Report of the Indian Hemp Drugs Commission, 1894-1895 - Volume VI
Year: 1894
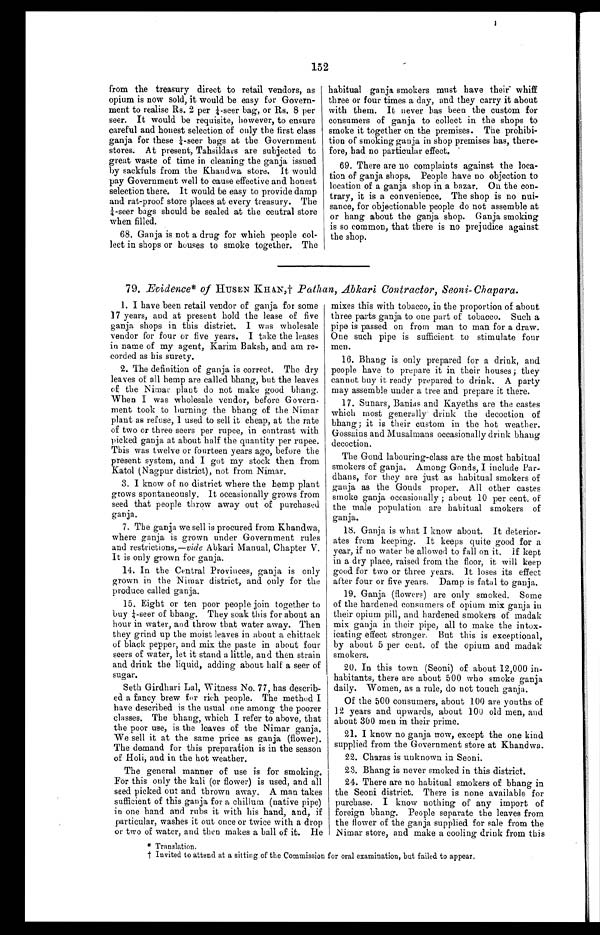
152
from the treasury direct to retail vendors, as
opium is now sold, it would be easy for Govern
-
ment to realise Rs. 2 per ¼-seer bag, or Its. 8 per
seer. It would be requisite, however, to ensure
careful and honest selection of only the first class
ganja for these ¼-seer bags at the Government
stores. At present, Tahsildars are subjected to
great waste of time in cleaning the ganja issued
by sackfuls from the Khandwa store. It would
pay Government well to cause effective and honest
selection there. It would be easy to provide damp
and rat-proof store places at every treasury. The
¼-seer bags should be sealed at the central store
when filled.
68. Ganja is not a drug for which people col
-
lect in shops or houses to smoke together. The
habitual ganja smokers must have their whiff
three or four times a day, and they carry it about
with them. It never has been the custom for
consumers of ganja to collect in the shops to
smoke it together on the premises. The prohibi
-
tion of smoking ganja in shop premises has, there
-
fore, had no particular effect.
69. There are no complaints against the loca
-
tion of ganja shops. People have no objection to
location of a ganja shop in a bazar. On the con
-
trary, it is a convenience. The shop is no nui
-
sance, for objectionable people do not assemble at
or hang about the ganja shop. Ganja smoking
is so common, that there is no prejudice against
the shop.
79. Evidence* of HUSEN KHAN,† Pathan, Abkari Contractor, Seoni-Chapara.
I. I have been retail vendor of ganja for some
17 years, and at present hold the lease of five
ganja shops in this district. I was wholesale
vendor for four or five years. I take the leases
in name of my agent, Karim Baksh, and am re
-
corded as his surety.
2. The definition of ganja is correct. The dry
leaves of all hemp are called bhang, but the leaves
of the Nimar plant do not make good bhang.
When I was wholesale vendor, before Govern-
ment took to burning the bhang of the Nimar
plant as refuse, 1 used to sell it cheap, at the rate
of two or three seers per rupee, in contrast with
picked ganja at about half the quantity per rupee.
This was twelve or fourteen years ago, before the
present system, and I got my stock then from
Katol (Nagpur district), not from Nimar.
3. I know of no district where the hemp plant
grows spontaneously. It occasionally grows from
seed that people throw away out of purchased
ganja.
7. The ganja we sell is procured from Khandwa,
where ganja is grown under Government rules
and restrictions,— vide Abkari Manual, Chapter V.
It is only grown for ganja.
14. In the Central Provinces, ganja is only
grown in the Nimar district, and only for the
produce called ganja.
15. Eight or ten poor people join together to
buy ¼-seer of bhang. They soak this for about an
hour in water, and throw that water away. Then
they grind up the moist leaves in about a chittack
of black pepper, and mix the paste in about four
seers of water, let it stand a little, and then strain
and drink the liquid, adding about half a seer of
sugar.
Seth Girdhari Lal, Witness No. 77, has describ
-
ed a fancy brew for rich people. The method I
have described is the usual one among the poorer
classes. The bhang, which I refer to above, that
the poor use, is the leaves of the Nimar ganja.
We sell it at the same price as ganja (flower).
The demand for this preparation is in the season
of Holi, and in the hot weather.
The general manner of use is for smoking.
For this only the kali (or flower) is used, and all
seed picked out and thrown away. A man takes
sufficient of this ganja for a chillum (native pipe)
in one hand and rubs it with his hand, and, if
particular, washes it out once or twice with a drop
or two of water, and then makes a ball of it. He
mixes this with tobacco, in the proportion of about
three parts ganja to one part of tobacco. Such a
pipe is passed on from man to man for a draw.
One such pipe is sufficient to stimulate four
m e n .
16. Bhang is only prepared for a drink, and
people have to prepare it in their houses; they
cannot buy it ready prepared to drink. A party
may assemble under a tree and prepare it there.
17. Sunars, Banias and Kayeths are the castes
which most generally drink the decoction of
bhang; it is their custom in the hot weather.
Gossains and Musalmans occasionally drink bhang
decoction.
The Gond labouring-class are the most habitual
smokers of ganja. Among Gonds, I include Par
-
dhans, for they are just as habitual smokers of
ganja as the Gonds proper. All other castes
smoke ganja occasionally ; about 10 per cent. of
the male population are habitual smokers of
ganja.
18. Ganja is what I know about. It deterior
-
ates from keeping. It keeps quite good for a
year, if no water be allowed to fall on it. If kept
in a dry place, raised from the floor, it will keep
good for two or three years. It loses its effect
after four or five years. Damp is fatal to ganja.
19. Ganja (flowers) are only smoked. Some
of the hardened consumers of opium mix ganja in
their opium pill, and hardened smokers of madak
mix ganja in their pipe, all to make the intox--
icating effect stronger. But this is exceptional,
by about 5 per cent. of the opium and madak
smokers.
20. In this town (Seoni) of about 12,000 in
-
habitants, there are about 500 who smoke ganja
daily. Women, as a rule, do not touch ganja.
Of the 500 consumers, about 100 are youths of
12 years and upwards, about 100 old men, and
about 300 men in their prime.
21. I know no ganja now, except the one kind
supplied from the Government store at Khandwa.
22. Charas is unknown in Seoni.
23. Bhang is never smoked in this district.
24. There are no habitual smokers of bhang in
the Seoni district. There is none available for
purchase. I know nothing of any import of
foreign bhang. People separate the leaves from
the flower of the ganja supplied for sale from the
Nimar store, and make a cooling drink from this
* T r a n s l a t i o n .
† Invited to attend at a sitting of the Commission for oral examination, but failed to appear.